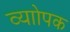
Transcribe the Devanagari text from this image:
व्याोपक